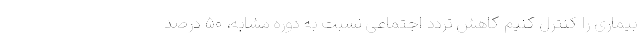
بیماری را کنترل کنیم کاهش تردد اجتماعی نسبت به دوره مشابه، ۵۰ درصد